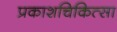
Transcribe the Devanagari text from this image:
प्रकाशचिकित्सा